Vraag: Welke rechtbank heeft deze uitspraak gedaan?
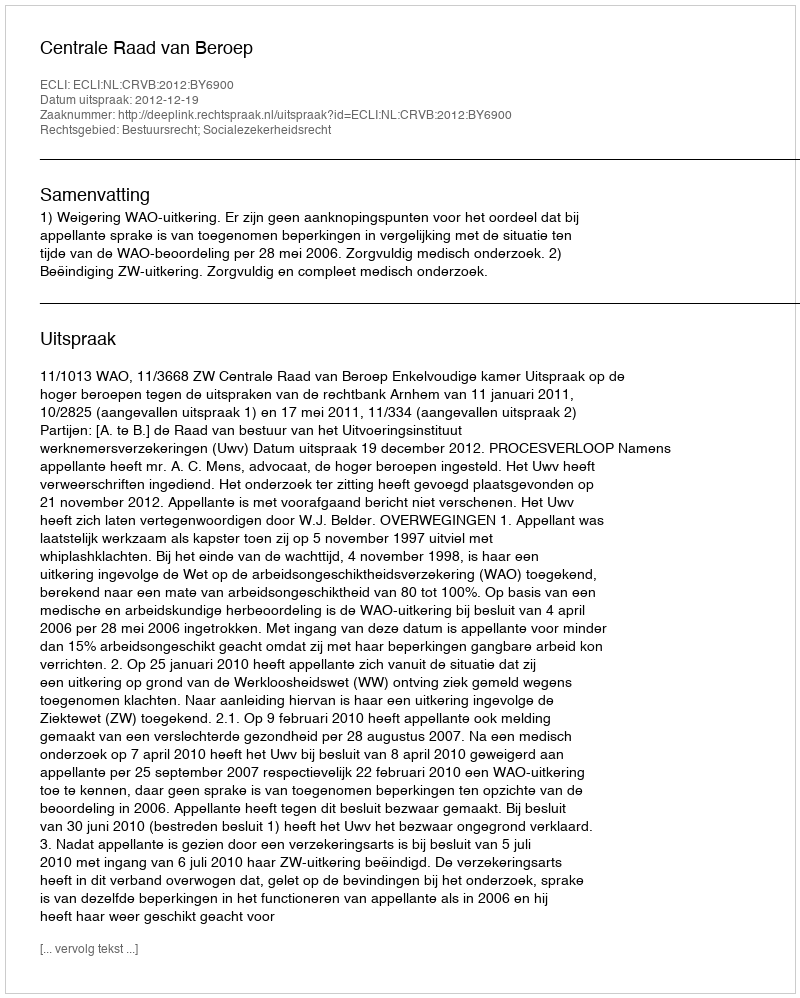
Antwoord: Centrale Raad van Beroep